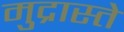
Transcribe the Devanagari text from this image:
मुद्रास्ते